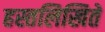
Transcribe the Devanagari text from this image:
हस्तलिखितें